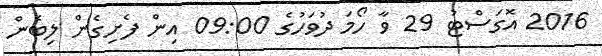
2016 އޮގަސްޓު 29 ވާ ހޯމަ ދުވަހުގެ 09:00 އިން ފެށިގެން ލިބެން